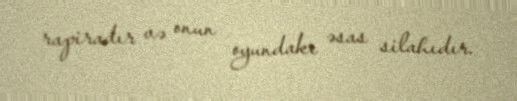
rapiradır və onun oyundakı əsas silahıdır.